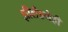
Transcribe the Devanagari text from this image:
झीलँडनेही